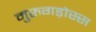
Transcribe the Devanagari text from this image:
मुरुगड़ोस्स